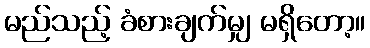
မည်သည့် ခံစားချက်မျှ မရှိတော့။